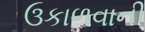
ઉકાળવાની